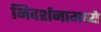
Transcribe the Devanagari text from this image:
निदर्शनामध्ये